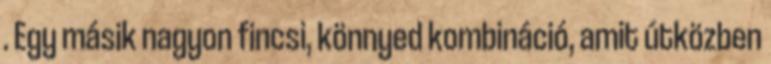
. Egy másik nagyon fincsi, könnyed kombináció, amit útközben